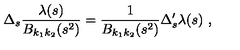
\Delta _ { s } \frac { \lambda ( s ) } { B _ { k _ { 1 } k _ { 2 } } ( s ^ { 2 } ) } = \frac { 1 } { B _ { k _ { 1 } k _ { 2 } } ( s ^ { 2 } ) } \Delta _ { s } ^ { \prime } \lambda ( s ) \ ,